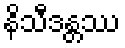
နိသီဒန္တဿ